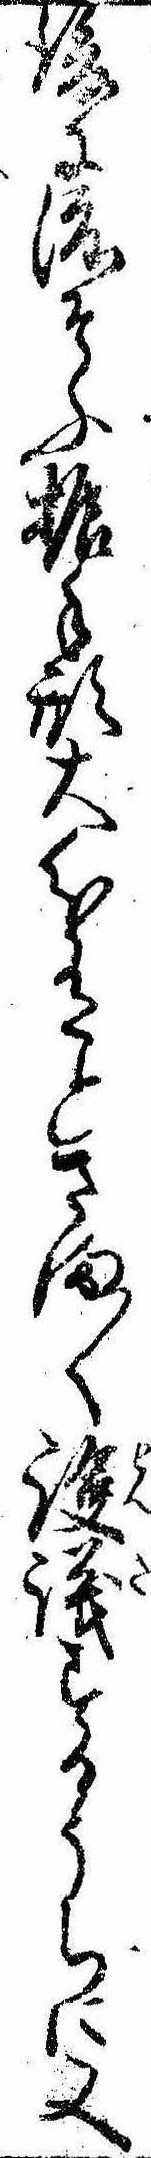
後に渡そふ振手形大分有とさま〱議するうちに又